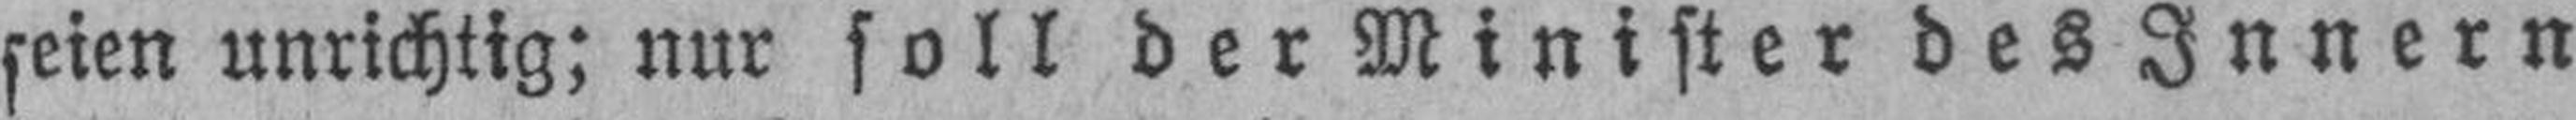
seien unrichtig; nur soll der Minister des Innern